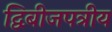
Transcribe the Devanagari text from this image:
द्विबीजपत्रीय